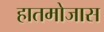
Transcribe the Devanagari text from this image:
हातमोजास